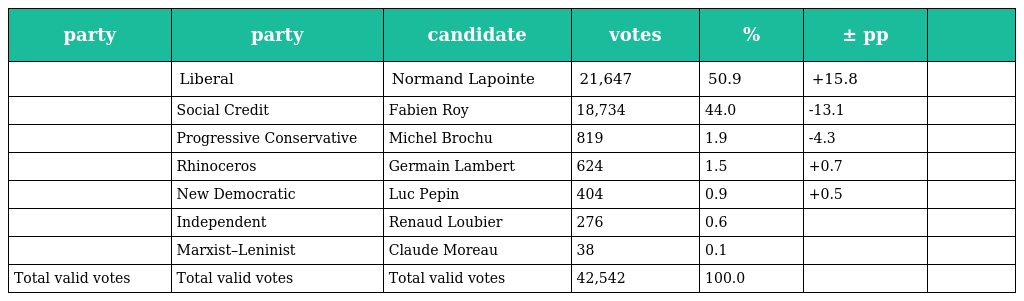
| party | party | candidate | votes | % | ± pp |  |
 | --- | --- | --- | --- | --- | --- | --- |
 |  | Liberal | Normand Lapointe | 21,647 | 50.9 | +15.8 |  |
 |  | Social Credit | Fabien Roy | 18,734 | 44.0 | -13.1 |  |
 |  | Progressive Conservative | Michel Brochu | 819 | 1.9 | -4.3 |  |
 |  | Rhinoceros | Germain Lambert | 624 | 1.5 | +0.7 |  |
 |  | New Democratic | Luc Pepin | 404 | 0.9 | +0.5 |  |
 |  | Independent | Renaud Loubier | 276 | 0.6 |  |  |
 |  | Marxist–Leninist | Claude Moreau | 38 | 0.1 |  |  |
 | Total valid votes | Total valid votes | Total valid votes | 42,542 | 100.0 |  |  |